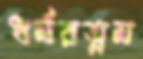
ধর্মরত্নম